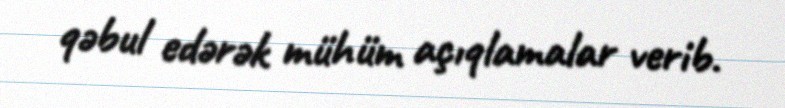
qəbul edərək mühüm açıqlamalar verib.